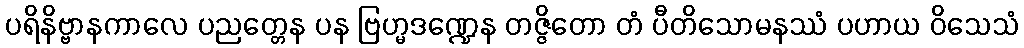
ပရိနိဗ္ဗာနကာလေ ပညတ္တေန ပန ဗြဟ္မဒဏ္ဍေန တဇ္ဇိတော တံ ပီတိသောမနဿံ ပဟာယ ဝိသေသံ